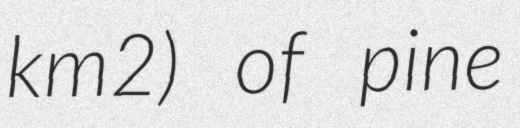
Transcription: km2) of pine